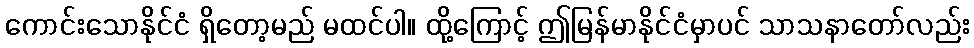
ကောင်းသောနိုင်ငံ ရှိတော့မည် မထင်ပါ။ ထို့ကြောင့် ဤမြန်မာနိုင်ငံမှာပင် သာသနာတော်လည်း